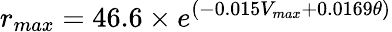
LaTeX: r_{max}=46.6\times e^{(-0.015V_{max}+0.0169\theta)}